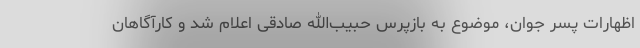
اظهارات پسر جوان، موضوع به بازپرس حبیب‌الله صادقی اعلام شد و کارآگاهان